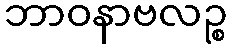
ဘာဝနာဗလဉ္စ